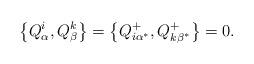
LaTeX: \begin{align*}\left\{ Q_\alpha ^i,Q_\beta ^k\right\} =\left\{ Q_{i\alpha^{*}}^{+},Q_{k\beta ^{*}}^{+}\right\} =0.\end{align*}